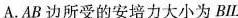
A.AB边所受的安培力大小为BIL